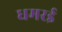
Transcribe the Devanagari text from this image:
धमरई